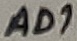
Text: AD1